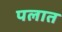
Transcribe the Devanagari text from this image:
पलात